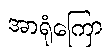
အာရုံကြော